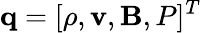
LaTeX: \mathbf{q}=[\rho,\mathbf{v},\mathbf{B},P]^{T}